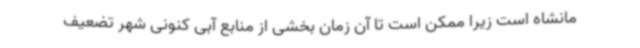
مانشاه است زیرا ممکن است تا آن زمان بخشی از منابع آبی کنونی شهر تضعیف